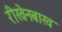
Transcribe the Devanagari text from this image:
रीखेनबाख